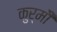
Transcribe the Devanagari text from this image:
कुर्मीै